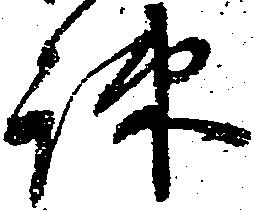
疎